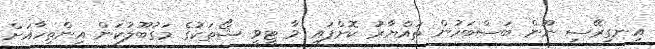
އިނގިރޭސި ނޫން ބަސްބަހުން ތައްޔާރު ކޮށްފައި ވާ ޓީވީ ޝޯތަކުގެ މަގުބޫލުކަން އިންތިހާއަށް